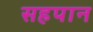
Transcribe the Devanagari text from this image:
सहपान